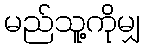
မည်သူ့ကိုမျှ